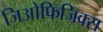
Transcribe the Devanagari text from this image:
जिओफिजिक्स